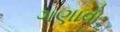
ગણાવો